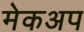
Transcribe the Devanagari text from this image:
मेकअप